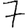
Digit: 7